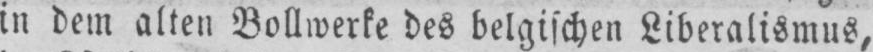
in dem alten Bollwerke des belgischen Liberalismus,